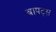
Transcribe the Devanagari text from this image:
बापट्स